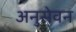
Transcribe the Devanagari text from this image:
अनुसेवन